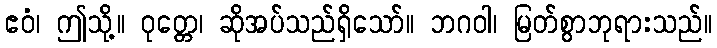
ဧဝံ၊ ဤသို့။ ဝုတ္တေ၊ ဆိုအပ်သည်ရှိသော်။ ဘဂဝါ၊ မြတ်စွာဘုရားသည်။